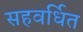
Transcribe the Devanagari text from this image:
सहवर्धित